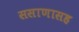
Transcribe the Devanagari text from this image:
ससाणासह